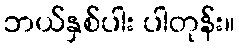
ဘယ်နှစ်ပါး ပါတုန်း။